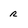
Character: r